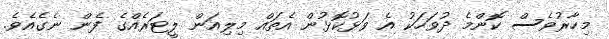
މިހާރުވެސް ކޮންމެ ދުވަހަކު އެ ވަޅުކޮޅުން އެތައް މިލިއަން ލީޓަރެއްގެ ފެން ނެގެއެވެ.